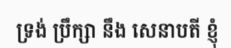
ទ្រង់ ប្រឹក្សា នឹង សេនាបតី ខ្ញុំ